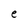
Character: e